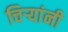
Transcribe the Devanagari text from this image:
चिर्‍यांनी